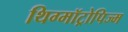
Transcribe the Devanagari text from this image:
थिग्मॉट्रोपिज्म